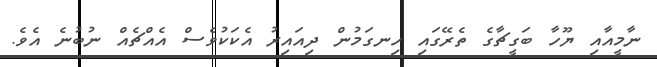
ނާމީއާއި ޔޫހާ ބަގީޗާގެ ތެރޭގައި ހިނގަމުން ދިއައިރު އެކަކުވެސް އެއްޗެއް ނުބުނެ އެވެ.